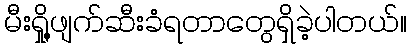
မီးရှို့ဖျက်ဆီးခံရတာတွေရှိခဲ့ပါတယ်။